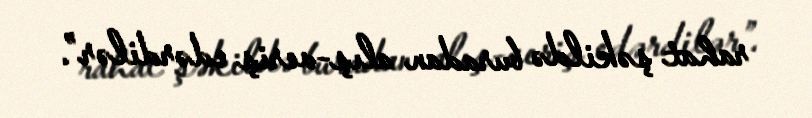
rahat şəkildə buradan alış-veriş edərdilər”.